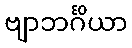
ဗျာဘင်္ဂိယာ